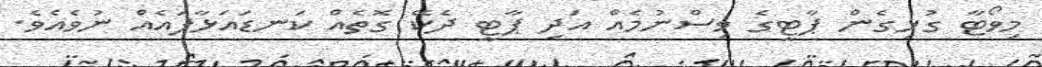
މިވޯޓާ ގުޅިގެން ޕާޓީގެ ވިސްނުމެއް އަދި ޕާޓީ ދެކޭ ގޮތެއް ކަނޑައަޅާފައެއް ނުވެއެވެ.